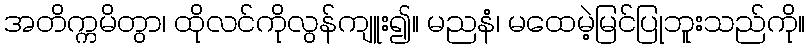
အတိက္ကမိတွာ၊ ထိုလင်ကိုလွန်ကျူး၍။ မညနံ၊ မထေမဲ့မြင်ပြုဘူးသည်ကို။